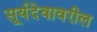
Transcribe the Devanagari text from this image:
सूर्यदेवावरील